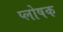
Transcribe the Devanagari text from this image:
प्लोषक